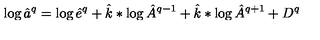
\log \hat { a } ^ { q } = \log \hat { e } ^ { q } + \hat { k } * \log \hat { A } ^ { q - 1 } + \hat { k } * \log \hat { A } ^ { q + 1 } + D ^ { q }